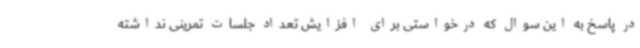
در پاسخ به این سوال که درخواستی برای افزایش تعداد جلسات تمرینی نداشته